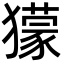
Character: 獴